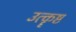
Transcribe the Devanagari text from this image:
उत्कॄष्ट